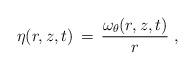
LaTeX: \begin{align*} \eta(r,z,t) \,=\, \frac{\omega_\theta(r,z,t)}{r}~,\end{align*}